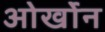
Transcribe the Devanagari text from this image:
ओर्खोन